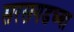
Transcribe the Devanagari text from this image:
सरसगडच्या